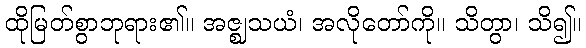
ထိုမြတ်စွာဘုရား၏။ အဇ္ဈသယံ၊ အလိုတော်ကို။ သိတွာ၊ သိ၍။